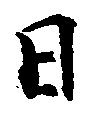
日